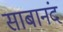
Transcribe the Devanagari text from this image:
साबानंद